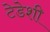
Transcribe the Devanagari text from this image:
टेडेशी